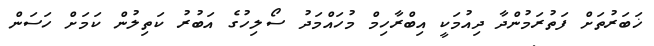
ޚަބަރުތަށް ފަތުރަމުންދާ ދިއުމަކީ އިބްރާހިމް މުހައްމަދު ސޯލިހުގެ އަބުރު ކަތިލުން ކަމަށް ހަސަން